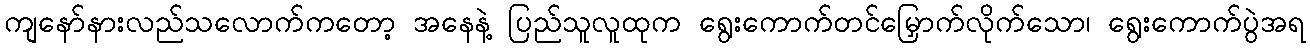
ကျနော်နားလည်သလောက်ကတော့ အနေနဲ့ ပြည်သူလူထုက ရွေးကောက်တင်မြှောက်လိုက်သော၊ ရွေးကောက်ပွဲအရ